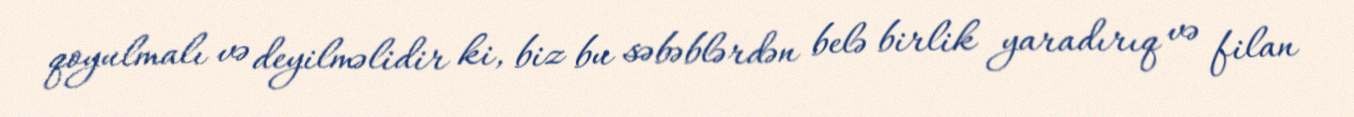
qoyulmalı və deyilməlidir ki, biz bu səbəblərdən belə birlik yaradırıq və filan